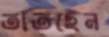
তাতছেন